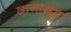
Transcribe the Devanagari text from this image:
दानानुमा